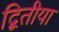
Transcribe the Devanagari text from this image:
द्बितीया